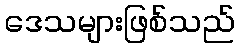
ဒေသများဖြစ်သည်